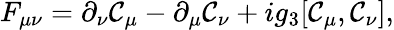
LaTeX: F_{\mu\nu}=\partial_{\nu}\mathcal{C}_{\mu}-\partial_{\mu}\mathcal{C}_{\nu}+ig_{3}[\mathcal{C}_{\mu},\mathcal{C}_{\nu}],